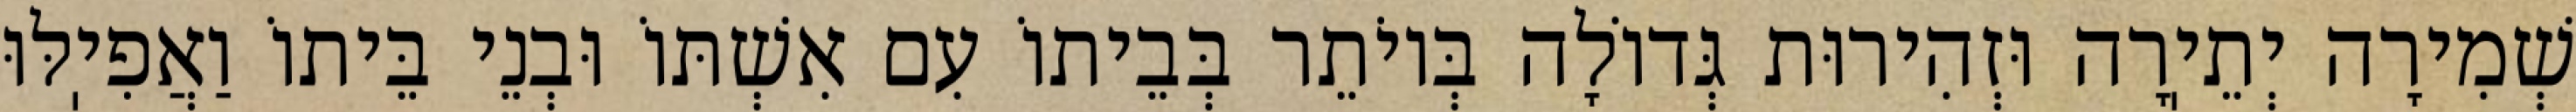
שְׁמִירָה יְתֵיֽרָה וּזְהִירוּת גְּדוֹלָה בְּיוֹתֵר בְּבֵיתוֹ עִם אִשְׁתּוֹ וּבְנֵי בֵּיתוֹ וַאֲפִיֽלּוּ